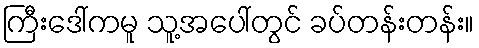
ကြီးဒေါ်ကမူ သူ့အပေါ်တွင် ခပ်တန်းတန်း။